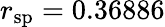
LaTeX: r_{\mathrm{sp}}=0.36886